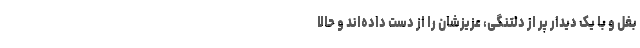
بغل و با یک دیدار پر از دلتنگی، عزیزشان را از دست داده‌اند و حالا